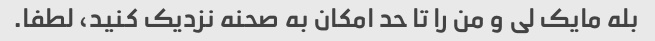
بله مایک لی و من را تا حد امکان به صحنه نزدیک کنید، لطفا.